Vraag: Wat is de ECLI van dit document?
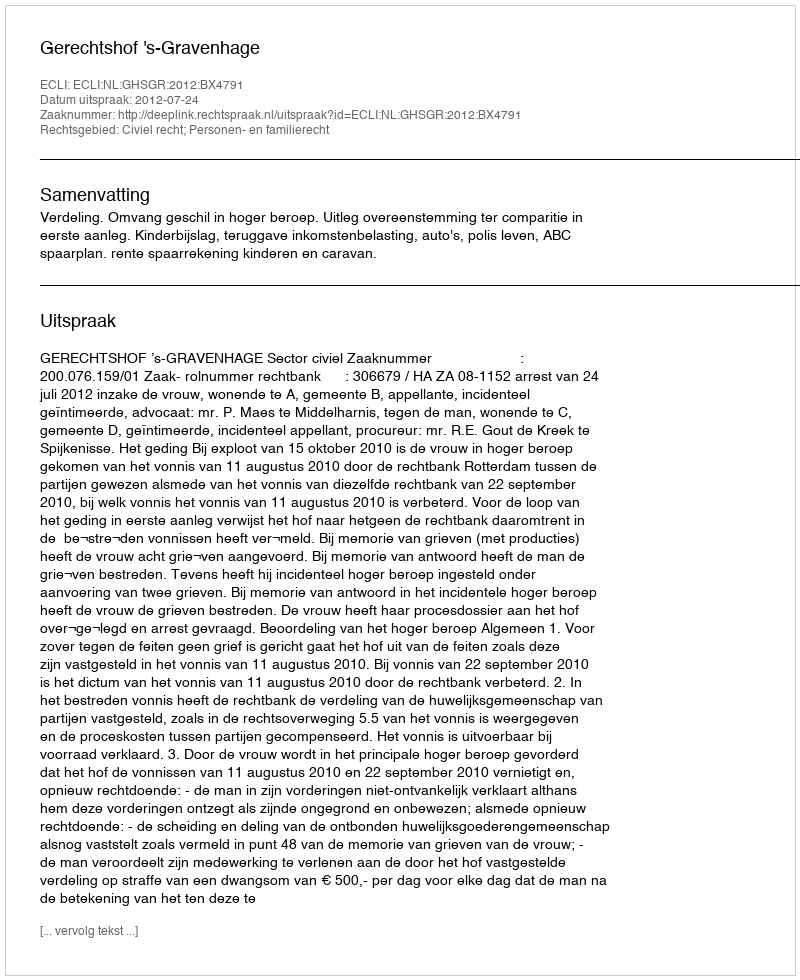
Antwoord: ECLI:NL:GHSGR:2012:BX4791